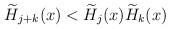
LaTeX: \begin{align*}\widetilde{H}_{j+k}(x)<\widetilde{H}_j(x)\widetilde{H}_k(x)\end{align*}